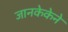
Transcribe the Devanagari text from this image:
जानकेकेने